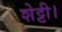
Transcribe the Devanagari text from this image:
शेट्टी।